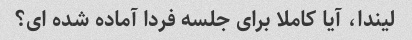
لیندا، آیا کاملا برای جلسه فردا آماده شده ای؟